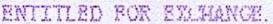
ENTITLED FOR EXCHANGE.